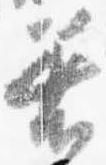
着